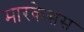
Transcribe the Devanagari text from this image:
मारकेसस